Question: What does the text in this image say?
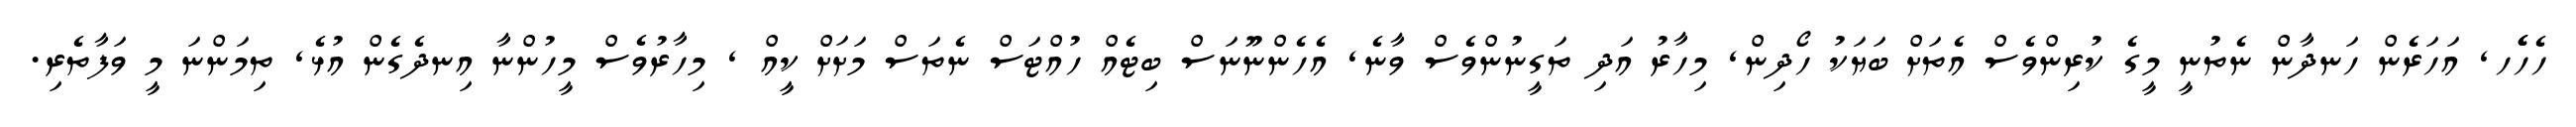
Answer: ހެހެެހ, އަހަރެން ހަނދާން ނެތުނީ މީގެ ކުރިންވެސް އެތަށް ބަޔަކު ހޯދިން, މިހާރު އަދި ތަގީނުންވެސް ވާނެ, އެހެންނޫނަސް ބިޓެއް ހުއްޓަސް ނެތަސް މަށަށް ކީއް , މިހާރުވެސް މީހުންނާ އިނދެގެން އުޅެ, ތިމަންނަ މީ ވަފާތެރި.